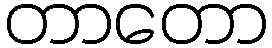
တာတော